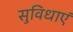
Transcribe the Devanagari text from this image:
सुविधाएं